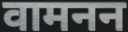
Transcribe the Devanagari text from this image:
वामनन